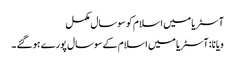
آسٹریا میں اسلام کو سوسال مکمل
ویانا: آسٹریا میں اسلام کے سوسال پورے ہوگئے ۔